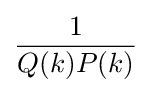
{\frac {1}{Q(k)P(k)}}